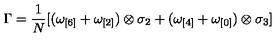
\Gamma = \frac { 1 } { N } [ ( \omega _ { [ 6 ] } + \omega _ { [ 2 ] } ) \otimes \sigma _ { 2 } + ( \omega _ { [ 4 ] } + \omega _ { [ 0 ] } ) \otimes \sigma _ { 3 } ]